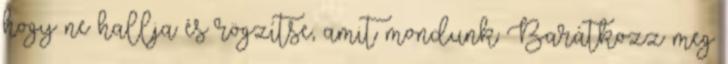
hogy ne hallja és rögzítse, amit mondunk Barátkozz meg